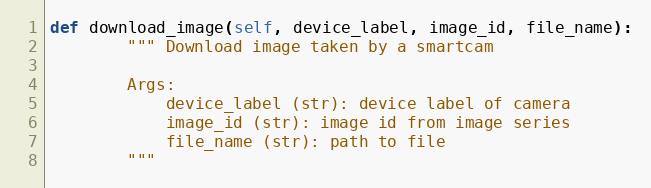
Language: Python
def download_image(self, device_label, image_id, file_name):
        """ Download image taken by a smartcam

        Args:
            device_label (str): device label of camera
            image_id (str): image id from image series
            file_name (str): path to file
        """